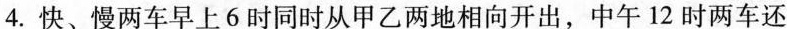
4. 快、慢两车早上6时同时从甲乙两地相向开出，中午12时两车还